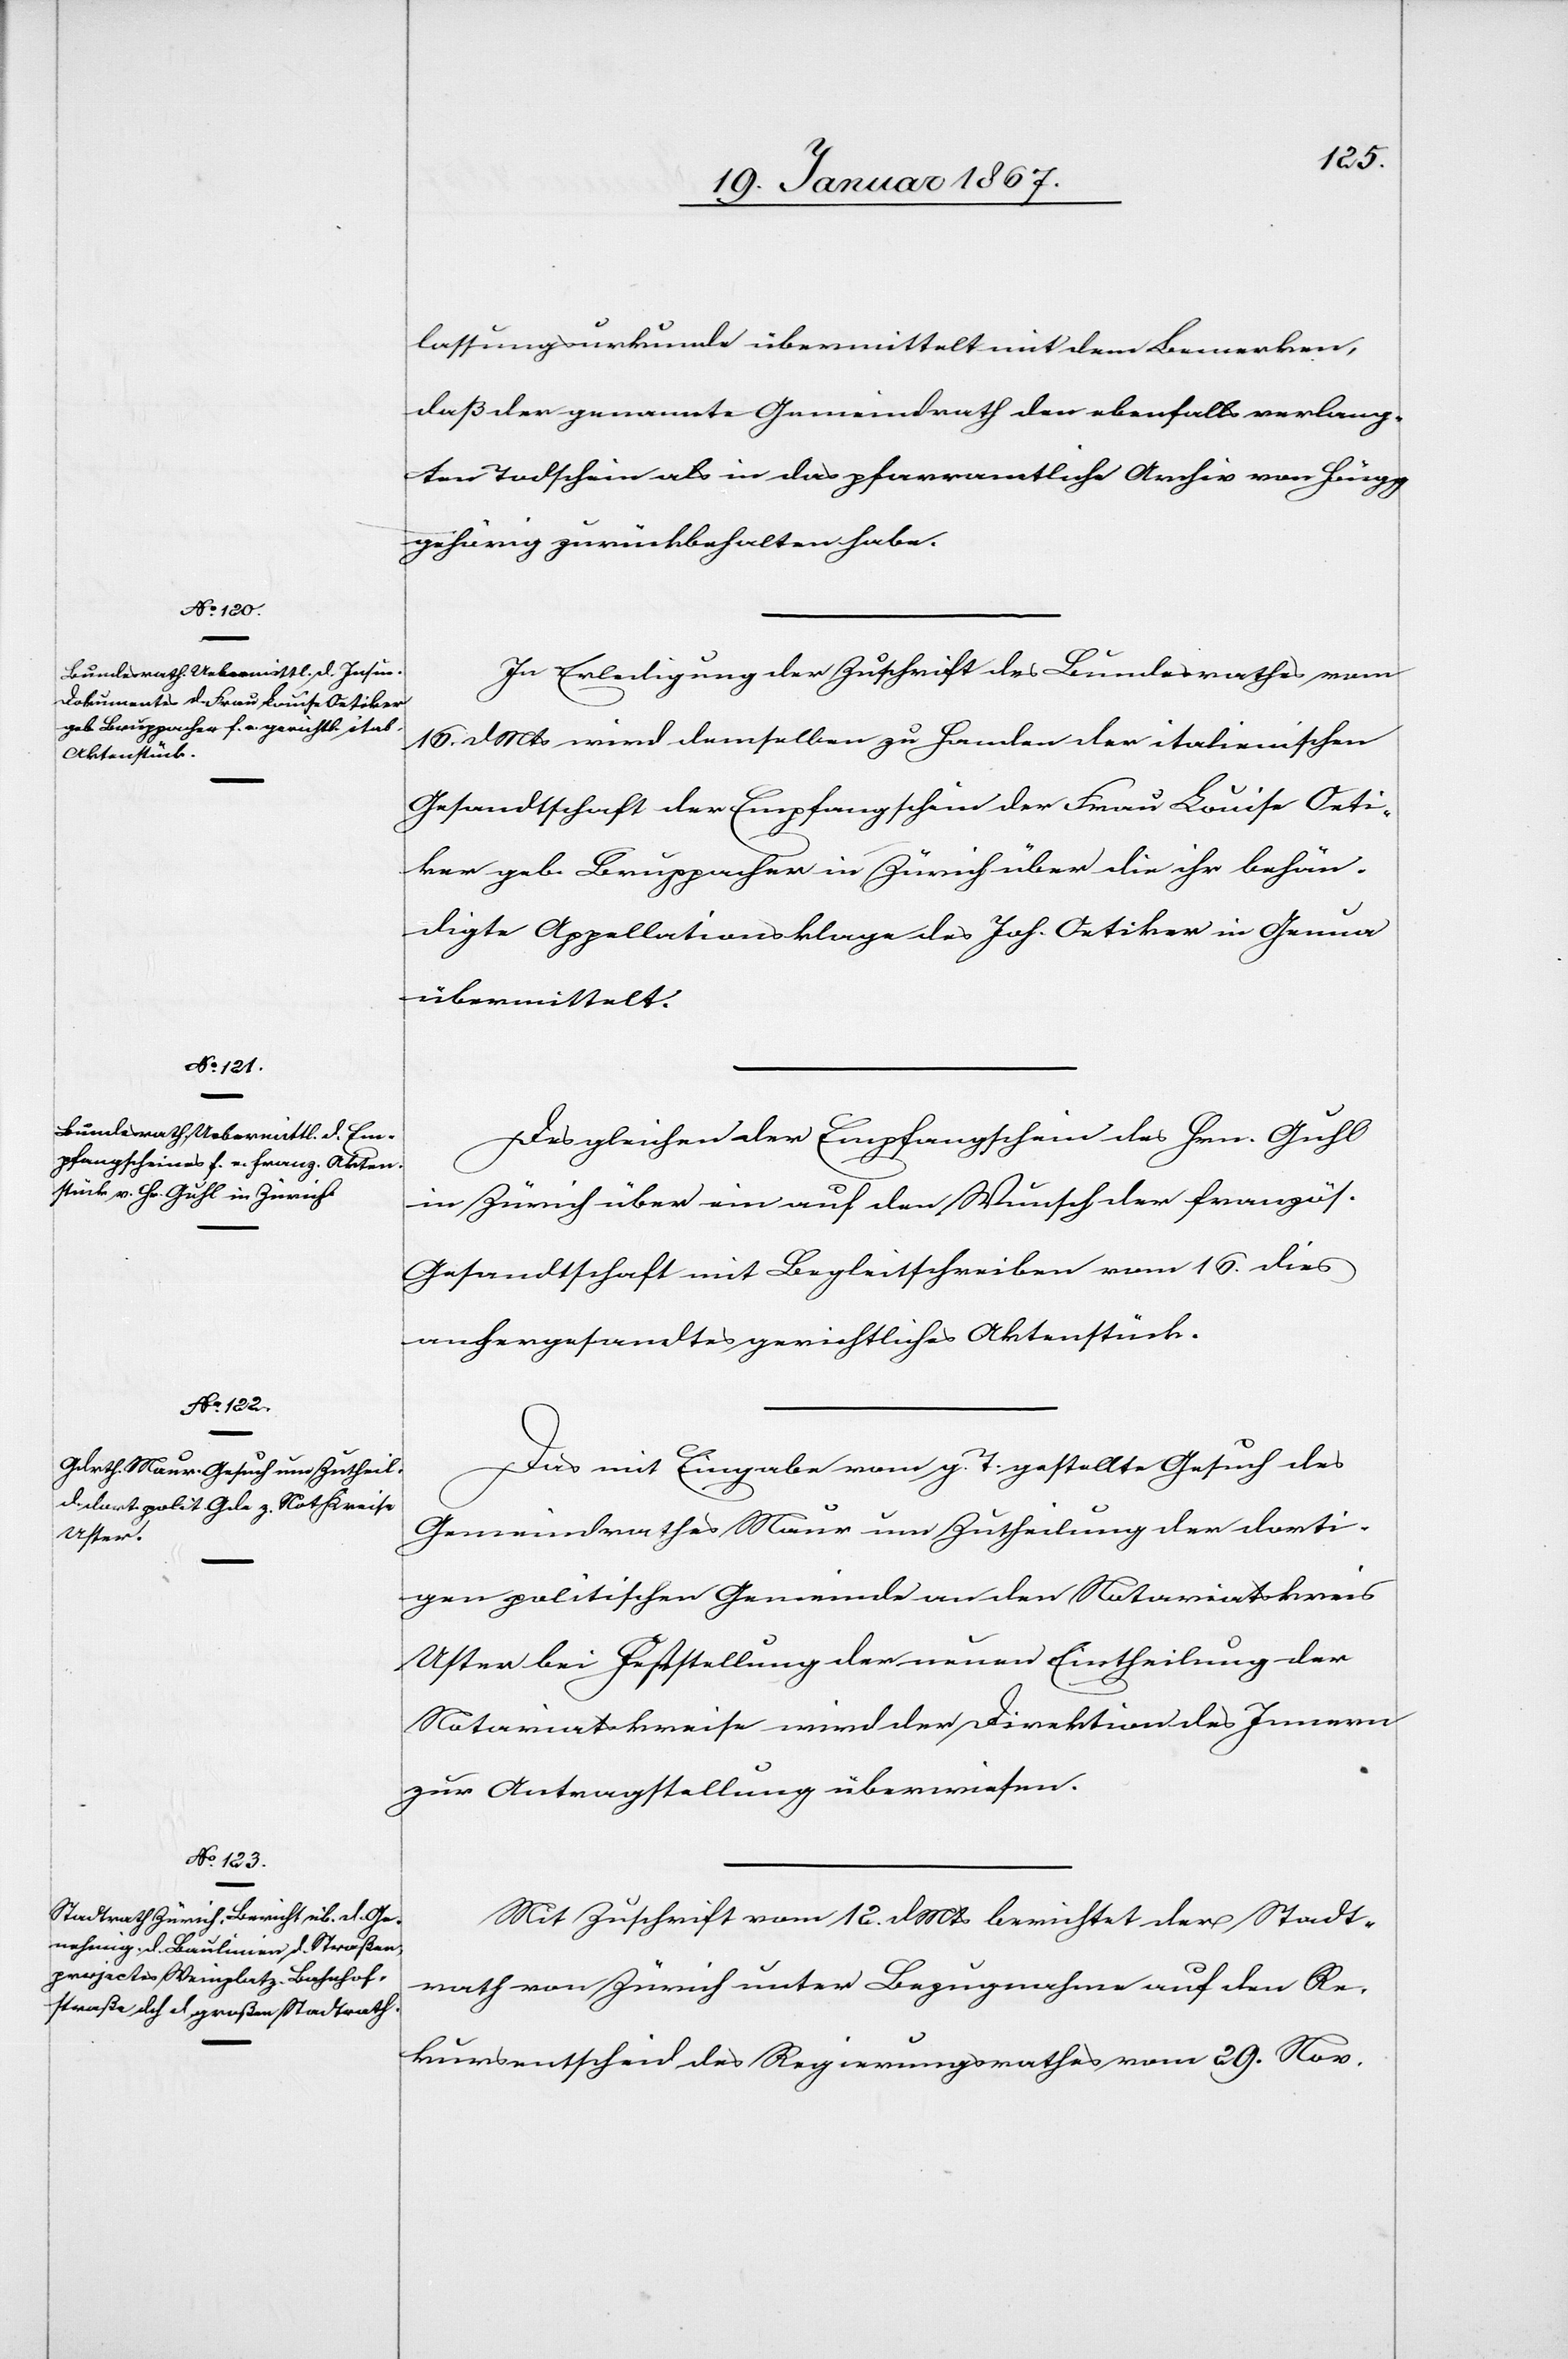
19. Januar 1867.]
lassungsurkunde übermittelt mit dem Bemerken,
daß der genannte Gemeindrath den ebenfalls verlang¬
ten Todschein als in das pfarramtliche Archiv von Höngg
gehörig zurückbehalten habe.
In Erledigung der Zuschrift des Bundesrathes vom
16. d. Mts wird demselben zu Handen der italienischen
Gesandtschaft der Empfangschein der Frau Louise Oeti¬
ker geb. Bruppacher in Zürich über die ihr behän¬
digte Appellationsklage des Joh. Oetiker in Genua
übermittelt.
Des gleichen der Empfangschein des Hrn. Guhl
in Zürich über ein auf den Wunsch der französ.
Gesandtschaft mit Begleitschreiben vom 16. dies
anhergesandtes gerichtliches Aktenstück.
Das mit Eingabe vom g. T. gestellte Gesuch des
Gemeindrathes Maur um Zutheilung der dorti¬
gen politischen Gemeinde an den Notariatskreis
Uster bei Feststellung der neuen Eintheilung der
Notariatskreise wird der Direktion des Innern
zur Antragstellung überwiesen.
Mit Zuschrift vom 12. d. Mts berichtet der Stadt¬
rath von Zürich unter Bezugnahme auf den Re¬
kursentscheid des Regierungsrathes vom 29. Nov.